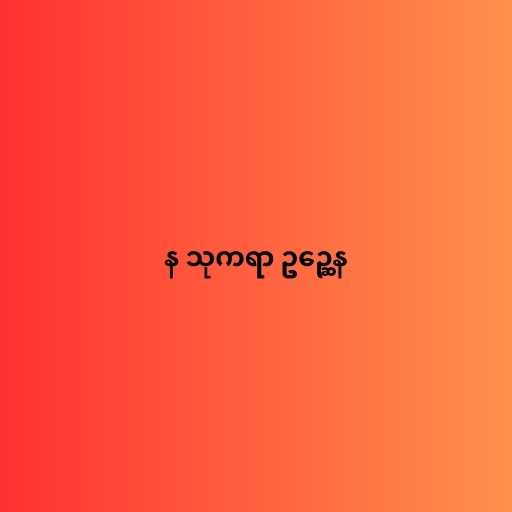
န သုကရာ ဥဉ္ဆေန